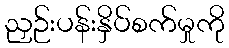
ညှဉ်းပန်းနှိပ်စက်မှုကို